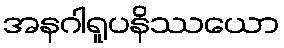
အနဂါရူပနိဿယော